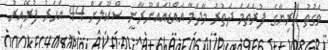
ވަގުތު ހޭރިޔާގެ ފުރަތަމަ ދަތުރު މާދަމާ އައްޑުއައްނޫރާނީ ސްކޫލަށް 44 އަހަރު ފުރޭއިރު